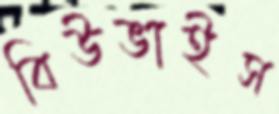
বিউভাইস